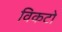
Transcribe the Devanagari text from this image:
विकटो